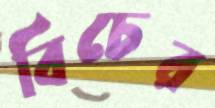
বিচের